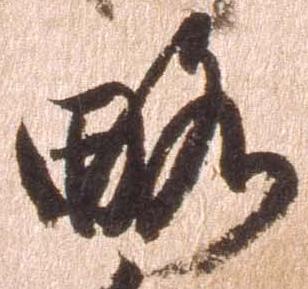
略